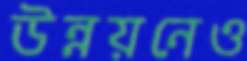
উন্নয়নেও